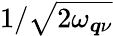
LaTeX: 1/\sqrt{2\omega_{\boldsymbol{q}\nu}}